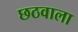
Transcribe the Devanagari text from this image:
छठवाला